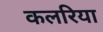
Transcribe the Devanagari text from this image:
कलरिया